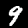
Digit: 9